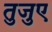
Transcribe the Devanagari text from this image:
तुजुए